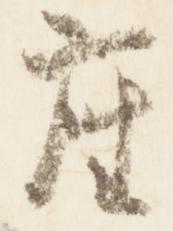
座